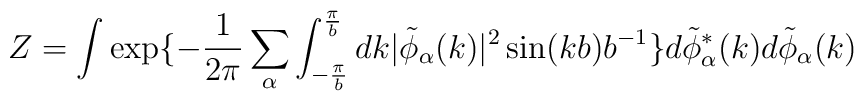
Z= \int \exp\{ -\frac{1}{2 \pi} \sum_{\alpha} \int_{- \frac{\pi}{b}}^{\frac{\pi}{b}}dk| \tilde{ \phi}_{\alpha}(k)|^2 \sin(kb)b^{-1} \}d\tilde{\phi}^*_{\alpha}(k) d \tilde{\phi}_{\alpha}(k)